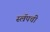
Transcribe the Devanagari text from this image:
स्ल्रॅपची